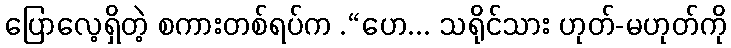
ပြောလေ့ရှိတဲ့ စကားတစ်ရပ်က .“ဟေ... သရိုင်သား ဟုတ်-မဟုတ်ကို